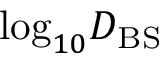
\mathrm { l o g } _ { 1 0 } D _ { \mathrm { B S } }